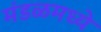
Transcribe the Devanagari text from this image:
मंडळमध्ये